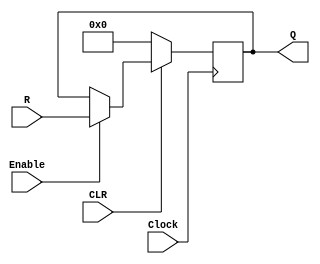
// Thanh ghi R data_in, L enable
module regnX(R,Enable,CLR,Clock,Q);
	parameter n = 8;
	input [n-1:0]R;
	input Enable,CLR,Clock;
	output reg [n-1:0]Q;
	
	always@(posedge Clock)
		if(~CLR)	Q <= 1'd0;
		else if(Enable)
			Q <= R;
endmodule